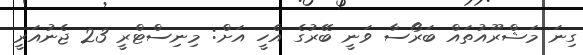
ގިނަ މަޝްރޫއުތައް ބަރޯސާ ވަނީ ބޭރުގެ އެހީ އަށް: މިނިސްޓްރީ 23 ޖެނުއަރީ